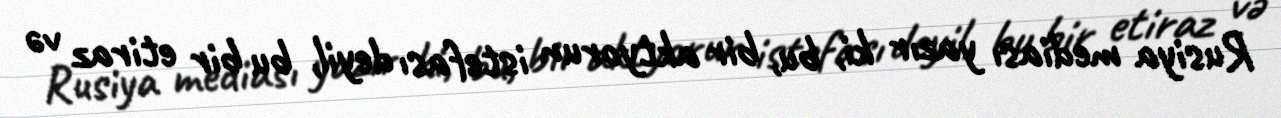
Rusiya mediası yazır ki, bu, bir aktyorun istefası deyil, bu bir etiraz və